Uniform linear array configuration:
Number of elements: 4
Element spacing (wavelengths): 0.75
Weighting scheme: kaiser
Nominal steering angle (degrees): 15
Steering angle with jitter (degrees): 16.094
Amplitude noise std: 0.05
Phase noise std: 0.05

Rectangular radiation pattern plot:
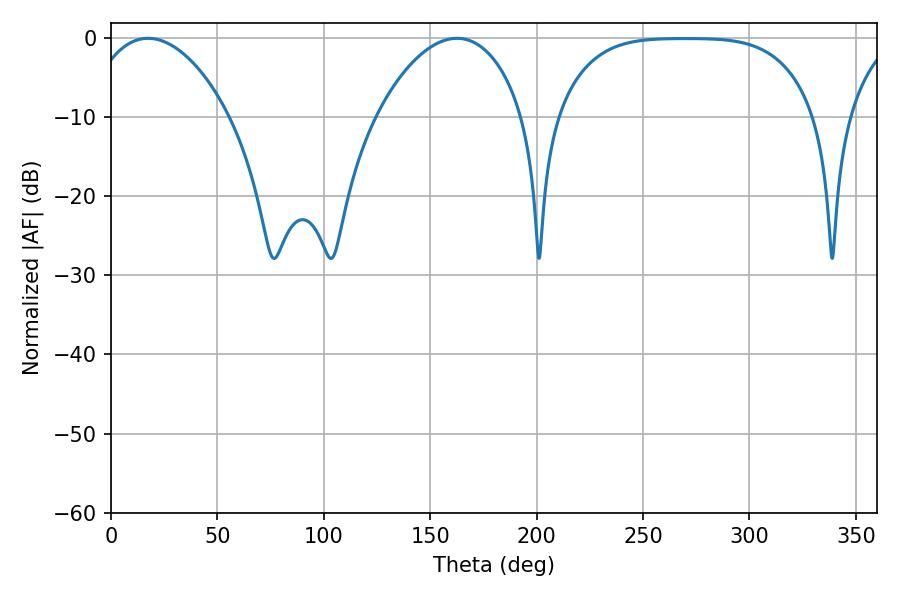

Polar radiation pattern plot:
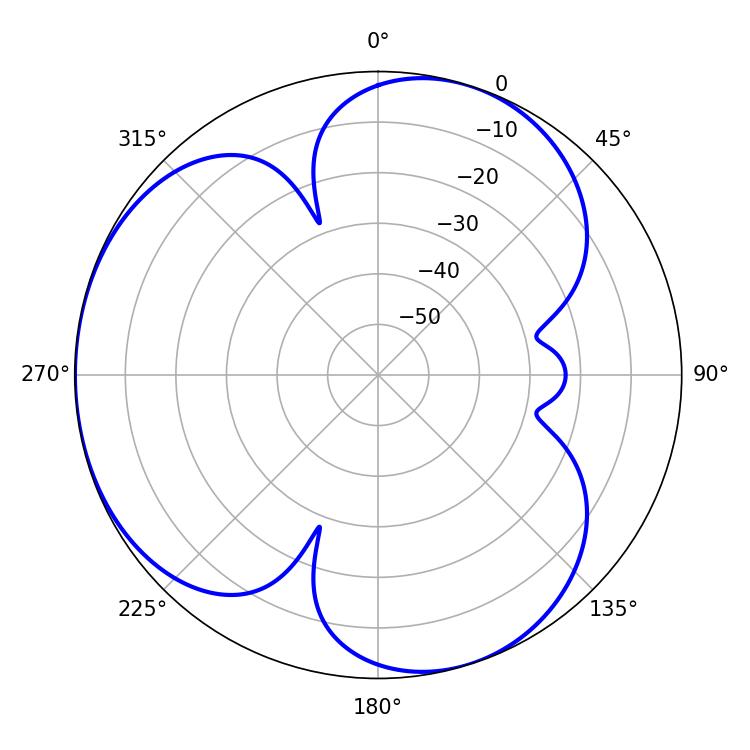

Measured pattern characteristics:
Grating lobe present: TRUE
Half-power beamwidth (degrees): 38.88
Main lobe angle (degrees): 162.54